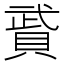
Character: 䝾